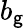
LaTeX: b_{\mathsf{g}}